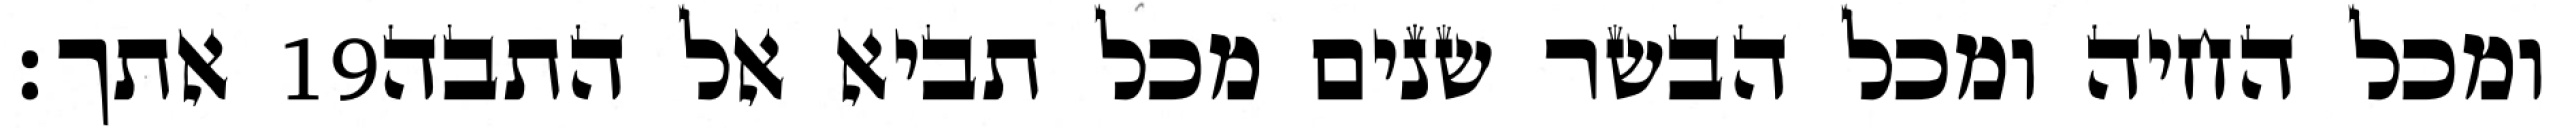
אתך׃ ‎19‏ ומכל החיה ומכל הבשר שנים מכל תביא אל התבה